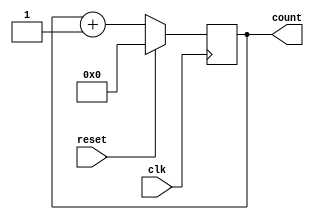
module counter #(parameter BIT_WIDTH = 4)
(
    input wire clk,
    input wire reset,
    output reg [BIT_WIDTH-1:0] count
);

always @(posedge clk) begin
    if (reset) begin
        count <= 0;
    end else begin
        count <= count + 1;
    end
end

endmodule